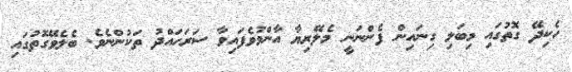
ހެކިދޭ ގޮތުގައި މިބަލި ގިނައިން ފެންނަނީ މެލޭރިޔާ އާންމުވެފައިވާ ސަރަހައްދު ތަކުންނެވެ. ބެލެވޭގޮތުގައި